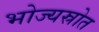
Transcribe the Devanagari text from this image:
भोज्यस्रोत